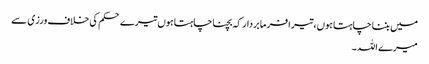
میں بننا چاہتا ہوں،تیرا فرما بردار کہ بچنا چاہتا ہوں تیرے حکم کی خلاف ورزی سے
میرے اللہ ۔